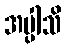
အပ္ပါသိ